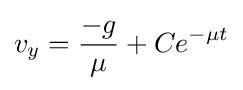
v_{y}={\frac {-g}{\mu }}+Ce^{-\mu t}